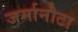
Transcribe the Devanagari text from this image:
जर्मानोटा